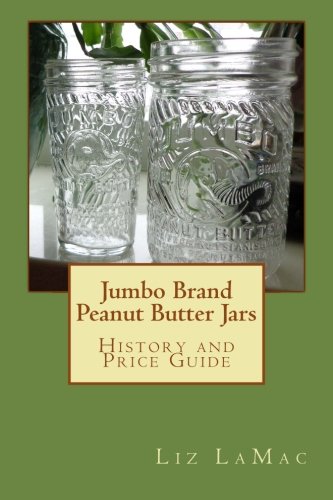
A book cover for Jumbo Brand Peanut Butter Jars: History and Price Guide; Liz laMac; Crafts, Hobbies & Home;